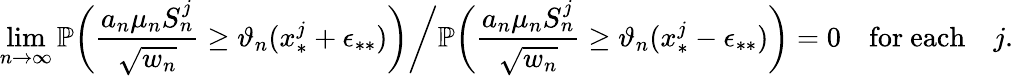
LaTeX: \operatorname*{lim}_{n\to\infty}\mathbb{P}\bigg(\frac{a_{n}\mu_{n}S_{n}^{j}}{\sqrt{w_{n}}}\geq\vartheta_{n}(x_{*}^{j}+\epsilon_{**})\bigg)\bigg/\mathbb{P}\bigg(\frac{a_{n}\mu_{n}S_{n}^{j}}{\sqrt{w_{n}}}\geq\vartheta_{n}(x_{*}^{j}-\epsilon_{**})\bigg)=0\quad\mathrm{for~each}\quad j.